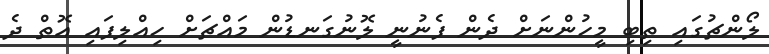
ލޯންޗުގައި ތިބި މީހުންނަށް ދެން ފެނުނީ ލޮނުގަނޑުން މައްޗަށް ހިއްލިފައި އޮތް ދެ